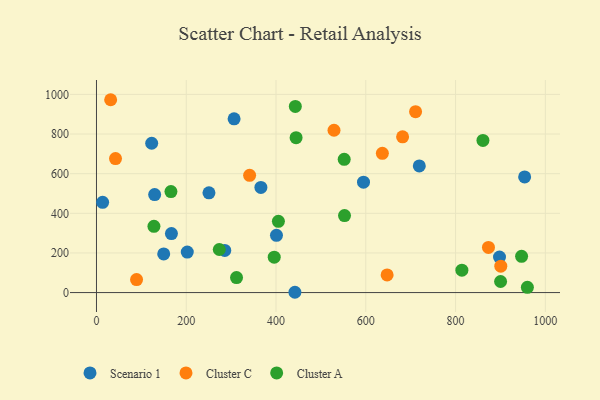
{"axis": {"x": "Distance", "y": "Yield"}, "legend": ["Cluster A", "Cluster C", "Scenario 1"], "data": [{"x": "202.3", "y": 204.3, "type": "Scenario 1"}, {"x": "719.2", "y": 639.0, "type": "Scenario 1"}, {"x": "306.6", "y": 876.6, "type": "Scenario 1"}, {"x": "442.1", "y": 1.5, "type": "Scenario 1"}, {"x": "149.8", "y": 195.2, "type": "Scenario 1"}, {"x": "953.9", "y": 583.6, "type": "Scenario 1"}, {"x": "167.0", "y": 297.6, "type": "Scenario 1"}, {"x": "13.7", "y": 455.4, "type": "Scenario 1"}, {"x": "129.6", "y": 494.7, "type": "Scenario 1"}, {"x": "285.8", "y": 212.5, "type": "Scenario 1"}, {"x": "594.9", "y": 557.0, "type": "Scenario 1"}, {"x": "897.9", "y": 179.2, "type": "Scenario 1"}, {"x": "401.0", "y": 288.8, "type": "Scenario 1"}, {"x": "123.0", "y": 753.6, "type": "Scenario 1"}, {"x": "366.3", "y": 530.5, "type": "Scenario 1"}, {"x": "250.6", "y": 503.6, "type": "Scenario 1"}, {"x": "682.0", "y": 785.9, "type": "Cluster C"}, {"x": "529.2", "y": 819.2, "type": "Cluster C"}, {"x": "341.2", "y": 591.6, "type": "Cluster C"}, {"x": "42.4", "y": 676.1, "type": "Cluster C"}, {"x": "636.9", "y": 702.8, "type": "Cluster C"}, {"x": "89.3", "y": 65.8, "type": "Cluster C"}, {"x": "710.9", "y": 912.8, "type": "Cluster C"}, {"x": "647.5", "y": 88.9, "type": "Cluster C"}, {"x": "873.3", "y": 227.6, "type": "Cluster C"}, {"x": "31.6", "y": 973.2, "type": "Cluster C"}, {"x": "900.8", "y": 133.0, "type": "Cluster C"}, {"x": "128.0", "y": 334.5, "type": "Cluster A"}, {"x": "165.9", "y": 509.6, "type": "Cluster A"}, {"x": "900.3", "y": 55.9, "type": "Cluster A"}, {"x": "312.0", "y": 75.8, "type": "Cluster A"}, {"x": "396.0", "y": 178.5, "type": "Cluster A"}, {"x": "814.1", "y": 112.8, "type": "Cluster A"}, {"x": "443.0", "y": 939.4, "type": "Cluster A"}, {"x": "960.0", "y": 26.6, "type": "Cluster A"}, {"x": "551.9", "y": 672.2, "type": "Cluster A"}, {"x": "405.3", "y": 359.8, "type": "Cluster A"}, {"x": "273.6", "y": 217.4, "type": "Cluster A"}, {"x": "861.0", "y": 767.8, "type": "Cluster A"}, {"x": "552.6", "y": 388.4, "type": "Cluster A"}, {"x": "947.1", "y": 182.9, "type": "Cluster A"}, {"x": "444.7", "y": 781.6, "type": "Cluster A"}]}